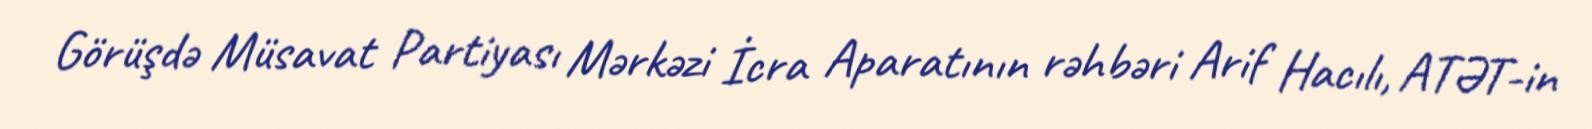
Görüşdə Müsavat Partiyası Mərkəzi İcra Aparatının rəhbəri Arif Hacılı, ATƏT-in